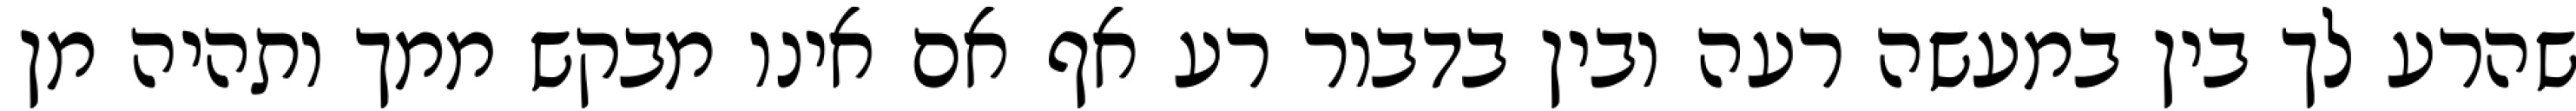
שהרע לך בין במעשה רעה ובין בדבור רע אף אם אינו מבקש ממך ותהיה מן